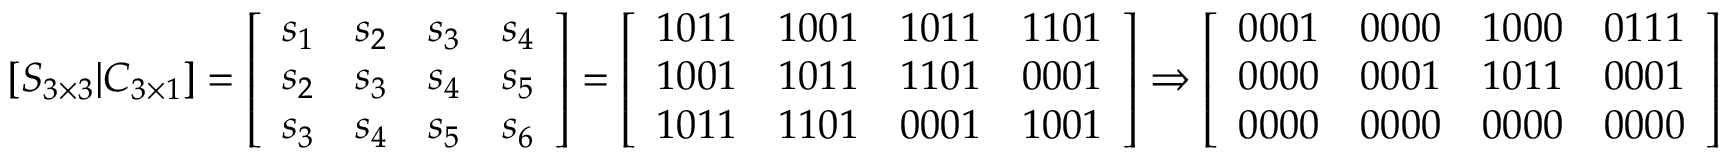
\left[ S _ { 3 \times 3 } | C _ { 3 \times 1 } \right] = { \left[ \begin{array} { l l l l } { s _ { 1 } } & { s _ { 2 } } & { s _ { 3 } } & { s _ { 4 } } \\ { s _ { 2 } } & { s _ { 3 } } & { s _ { 4 } } & { s _ { 5 } } \\ { s _ { 3 } } & { s _ { 4 } } & { s _ { 5 } } & { s _ { 6 } } \end{array} \right] } = { \left[ \begin{array} { l l l l } { 1 0 1 1 } & { 1 0 0 1 } & { 1 0 1 1 } & { 1 1 0 1 } \\ { 1 0 0 1 } & { 1 0 1 1 } & { 1 1 0 1 } & { 0 0 0 1 } \\ { 1 0 1 1 } & { 1 1 0 1 } & { 0 0 0 1 } & { 1 0 0 1 } \end{array} \right] } \Rightarrow { \left[ \begin{array} { l l l l } { 0 0 0 1 } & { 0 0 0 0 } & { 1 0 0 0 } & { 0 1 1 1 } \\ { 0 0 0 0 } & { 0 0 0 1 } & { 1 0 1 1 } & { 0 0 0 1 } \\ { 0 0 0 0 } & { 0 0 0 0 } & { 0 0 0 0 } & { 0 0 0 0 } \end{array} \right] }